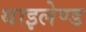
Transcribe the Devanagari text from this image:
थाइलेण्ड